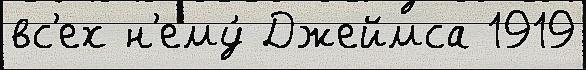
вс'ех н'ему́ Джеймса 1919